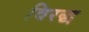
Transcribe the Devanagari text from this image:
विरद्ध